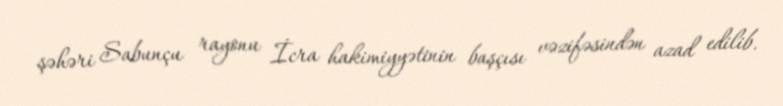
şəhəri Sabunçu rayonu İcra hakimiyyətinin başçısı vəzifəsindən azad edilib.